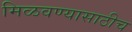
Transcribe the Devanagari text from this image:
मिळवण्यासाठीच